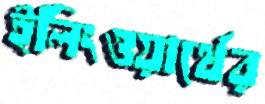
ইলিংওয়ার্থের